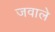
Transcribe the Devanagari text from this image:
जवाले